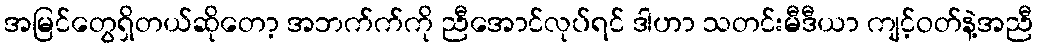
အမြင်တွေရှိတယ်ဆိုတော့ အဘက်က်ကို ညီအောင်လုပ်ရင် ဒါဟာ သတင်းမီဒီယာ ကျင့်ဝတ်နဲ့အညီ